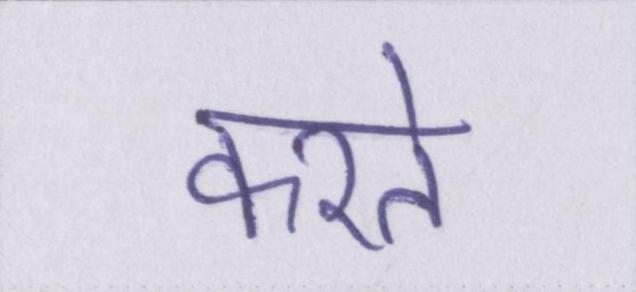
करते